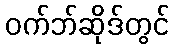
ဝက်ဘ်ဆိုဒ်တွင်